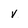
Character: V